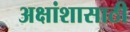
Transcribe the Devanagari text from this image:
अक्षांशासाठी